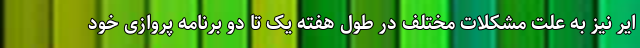
ایر نیز به علت مشکلات مختلف در طول هفته یک تا دو برنامه پروازی خود